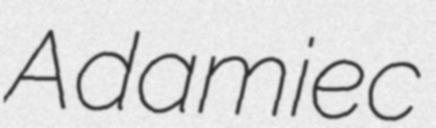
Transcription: Adamiec